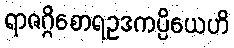
ရာဇဂ္ဂိစောရဥဒကပ္ပိယေဟိ